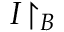
I { \upharpoonright _ { B } }